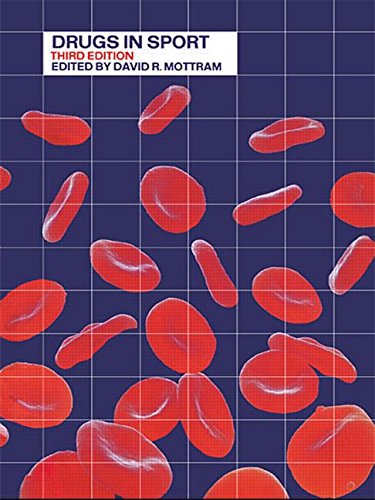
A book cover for Drugs in Sport; Sports & Outdoors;